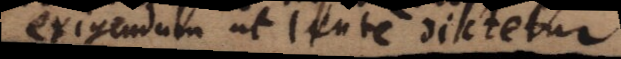
exigendum ut lente dictetur